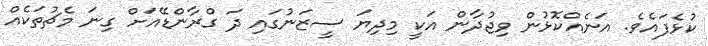
ކުޅެފައެވެ. އަނެއްކޮޅުން ވިޖުދާން އަކީ މިދިޔަ ސީޒަނުގައި ދަ ގްރާންޑޭއަށް ގިނަ މެޗުތަކެއް